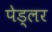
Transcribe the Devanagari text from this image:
पेड्लर